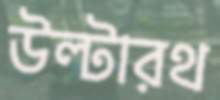
উল্টারথ